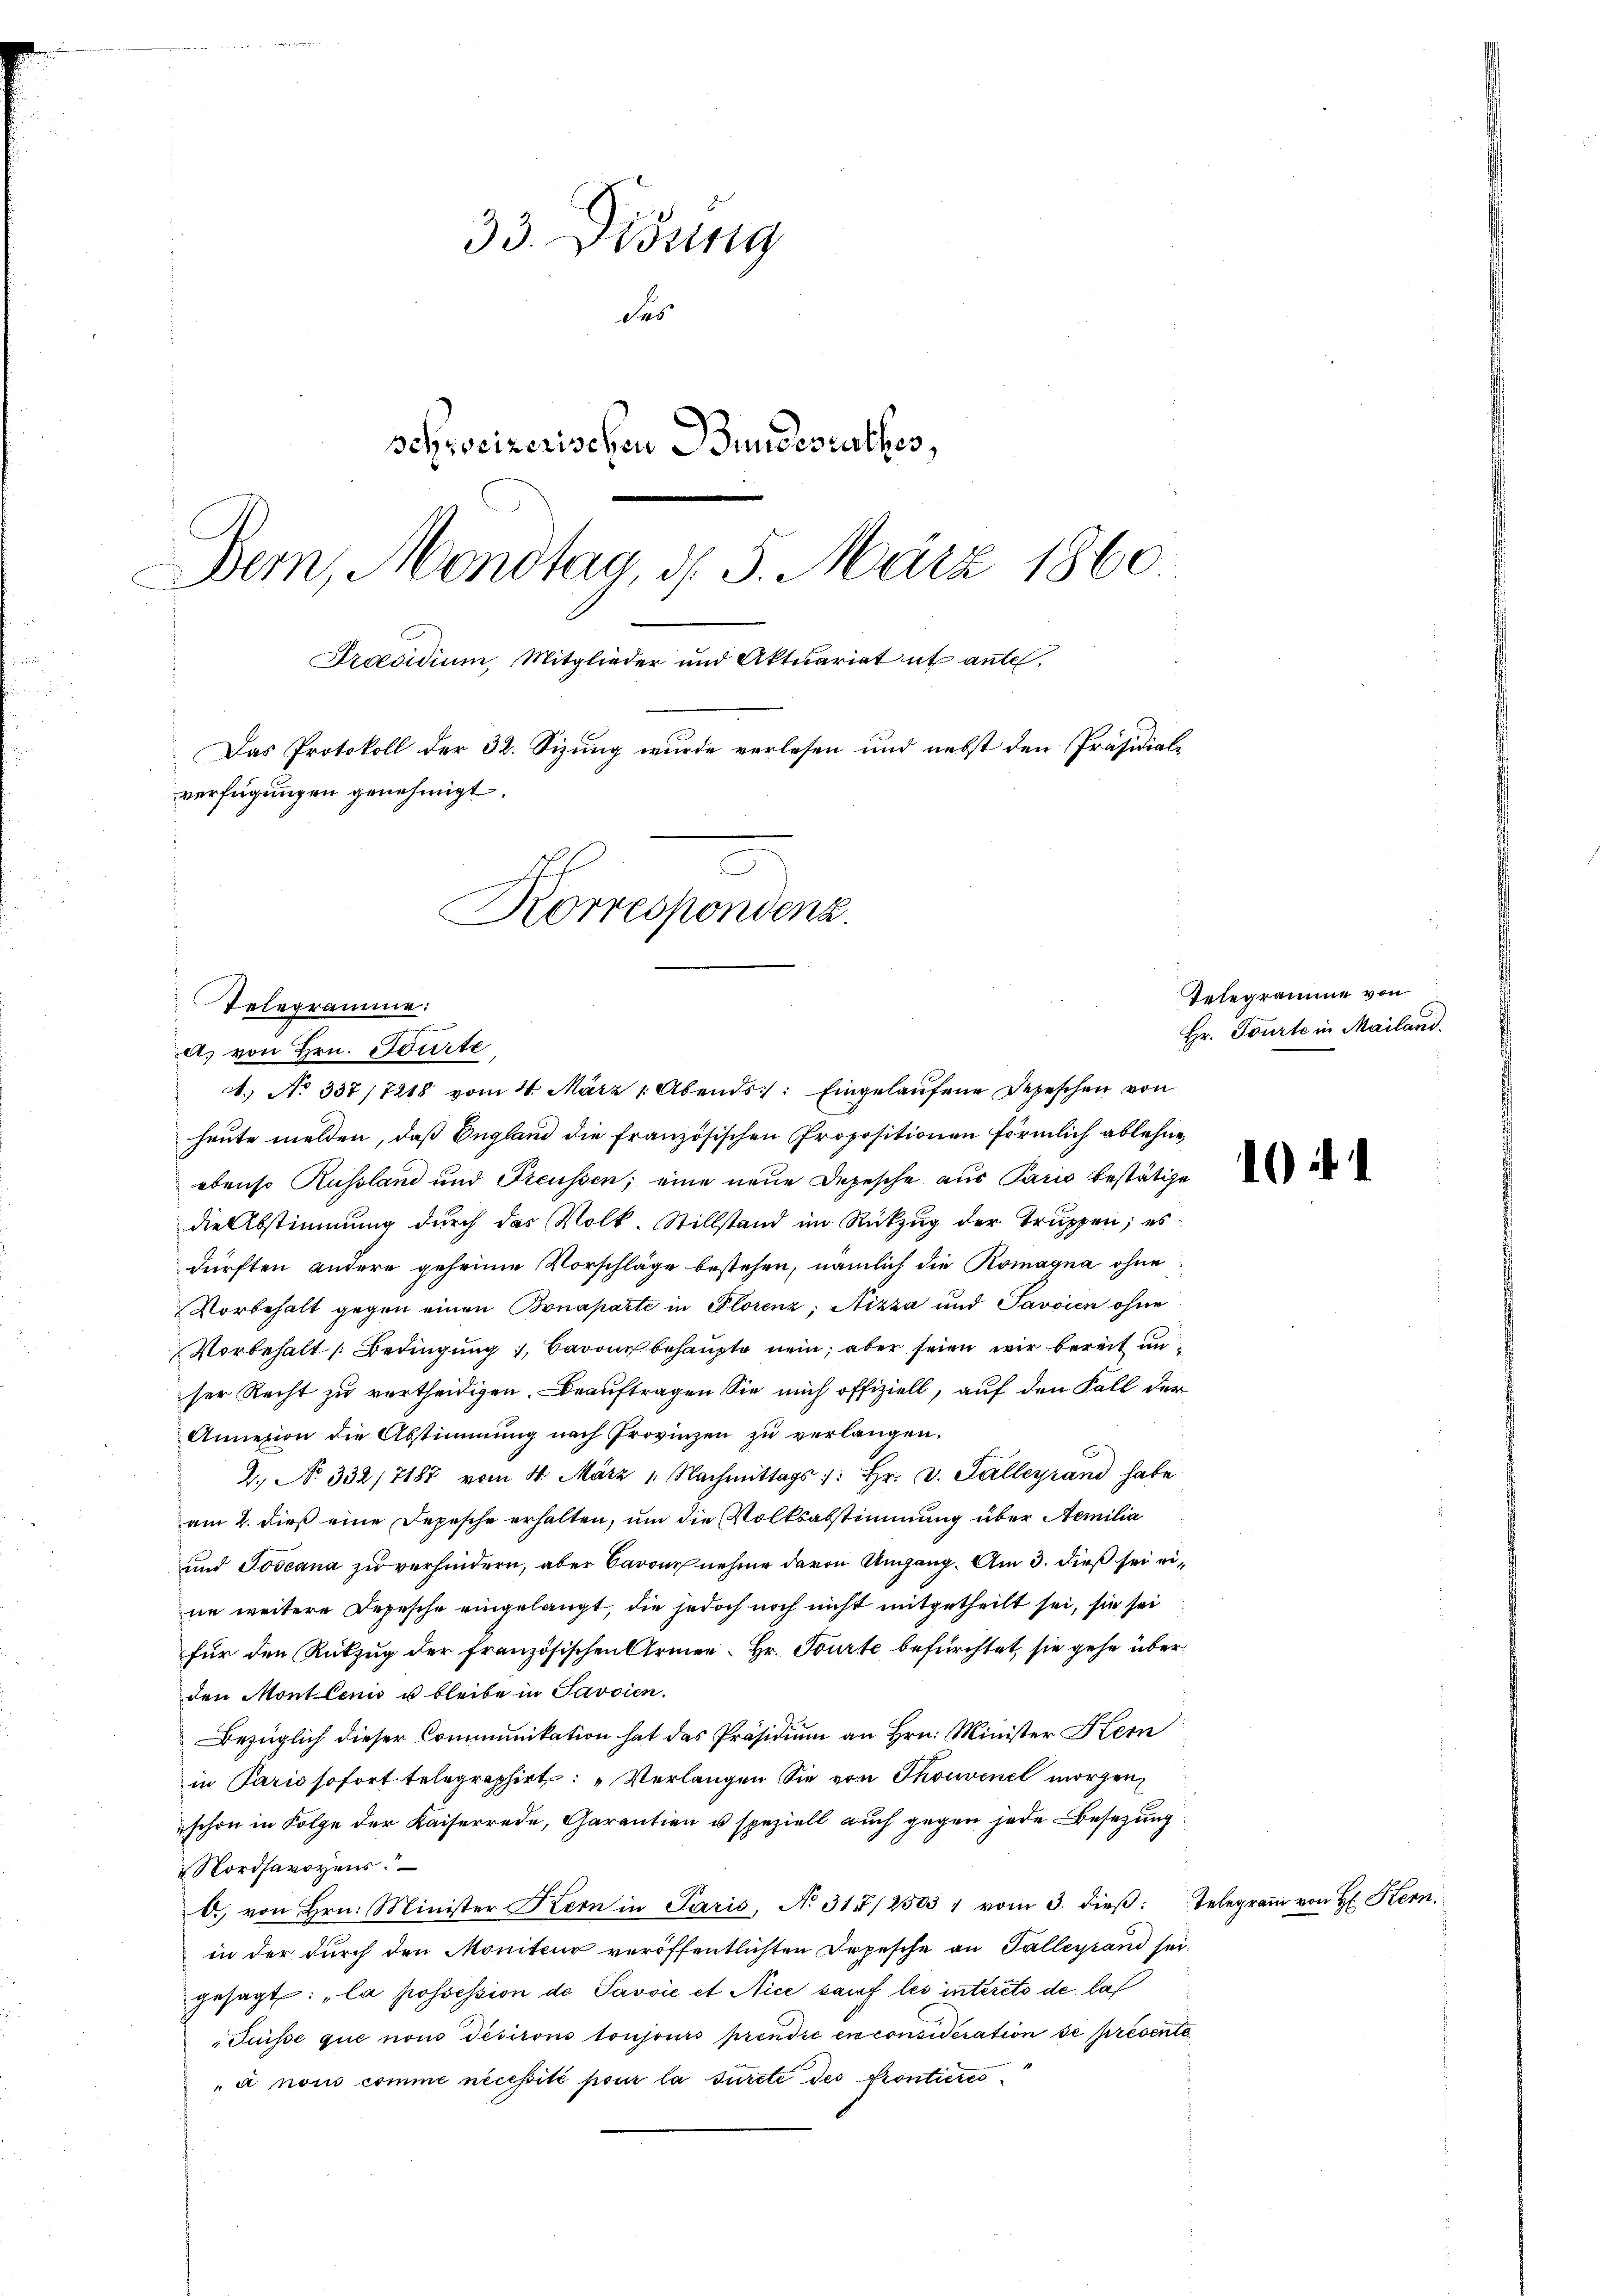
33. Didung
des
schweizerischen Bundesrathes,
Bem, Mondtag, d. 5. März 1860
Praesidium, Mitglieder und Aktuariat et ante.
Das Protokoll der 32. Sizung wurde verlesen und nebst den Präsidialverfügungen genehmigt.
s
Korrespondenz.

Telegramme:
n
ds von Hrn. Tourte
A.) No 337/7218 vom 4. März 1. Abends: Eingelaŭfene Depeschen von

heute melden, daß England die Französischen Propositionen förmlich ablehne,
ebenso Russland und Freussen; eine neue Depesche aus Paris bestätige
die Abstimmung durch das Volk. Stillstand im Rückzug der Truppen; es
dürften andere geheime Vorschläge bestehen, nämlich die Romagna ohne
Vorbehalt gegen einen Bonaparte in Plorenz; Nizza und Savoien ohne
Vorbehalt Bedingung, Baron behaupte nein, aber seien wir bereit unser Recht zu vertheidigen. Beauftragen Sie mich offiziell, auf den Fall der
Annexion die Abstimmung nach Provinzen zu verlangen.
2. No 332/7187 vom 11. März 1. Nachmittags /: hr. v. Falleyrand habe
am 2. dieß eine Depesche erhalten, um die Volksabstimmung über Aemilia
und Joscana zu verhindern, aber Barone nehme davon Umgang. Am 3. dieß sei eine weitere Depesche eingelangt, die jedoch noch nicht mitgetheilt sei, sie sei
für den Rükzug der französischen Armee Hr. Tourte befürchtet, sie gehe über
den Mont lenis u. bleibe in Javsien.
Bezüglich dieser Communikation hat das Präsidium an Hrn. Minister Kern
in Paris sofort telegraphirt: „Verlangen Sie von Thouvenel morgen,
schon in Folge der Kaiserrede, Garantien u speziell auch gegen jede Besetzung
 Nordsavoyens.
O. von Hrn. Minister Kern in Paris, No 317/2503 " vom 3. dieß: Telegramm von H. Kern
in der durch den Moniteur veröffentlichten Depesche an Falleyrand seigesagt: „la possession de Savsie et Nice sauf les interito de lat
Suisse que nom desirons toujours prendie en considération de présente
à nous comme nécessité pour la surete des Prontieres¬

Telegrame von
Hr. Tourte in Mailand.

1